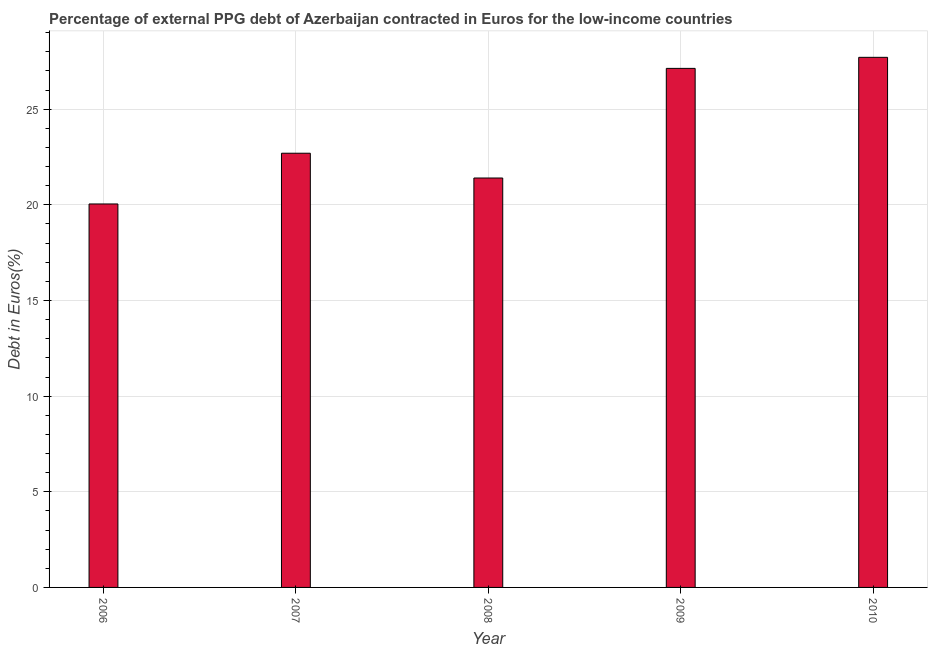
| Year | Currency composition of PPG debt |
 | --- | --- |
 | 2006 | 20 |
 | 2007 | 22.7 |
 | 2008 | 21.4 |
 | 2009 | 27.1 |
 | 2010 | 27.7 |